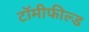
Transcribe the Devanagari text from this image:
टॉमीफील्ड